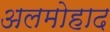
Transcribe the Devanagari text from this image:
अलमोहाद